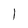
Character: 1